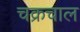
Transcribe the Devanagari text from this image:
चक्रचाल